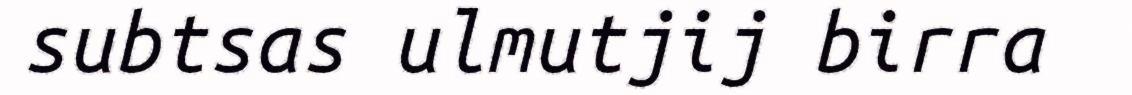
subtsas ulmutjij birra